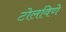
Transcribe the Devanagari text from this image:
टोलविणे